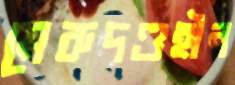
মেরুদণ্ডহীন